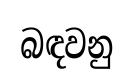
බඳවනු